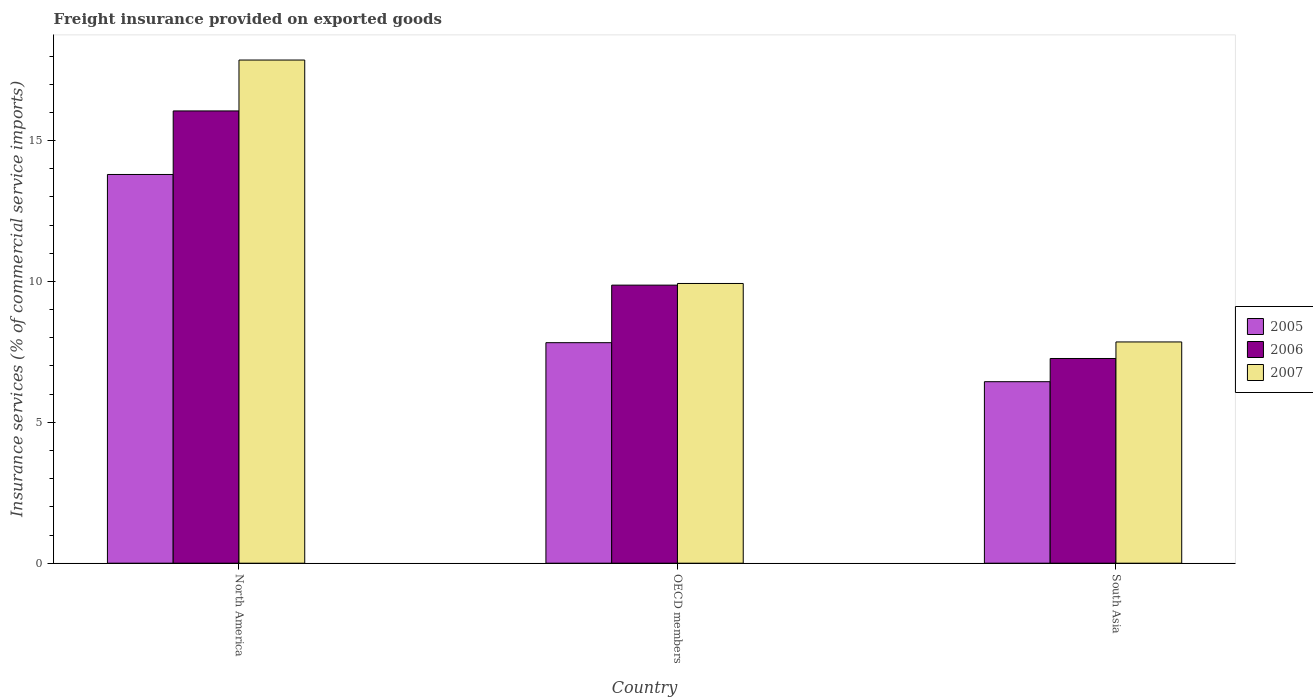
| Country | 2005 | 2006 | 2007 |
 | --- | --- | --- | --- |
 | North America | 13.8 | 16.1 | 17.9 |
 | OECD members | 7.83 | 9.87 | 9.93 |
 | South Asia | 6.44 | 7.27 | 7.85 |